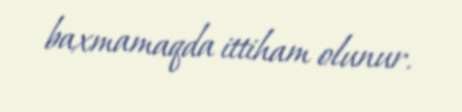
baxmamaqda ittiham olunur.